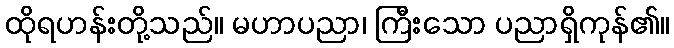
ထိုရဟန်းတို့သည်။ မဟာပညာ၊ ကြီးသော ပညာရှိကုန်၏။